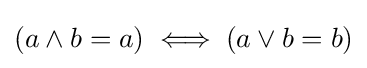
(a\land b=a)\iff (a\lor b=b)